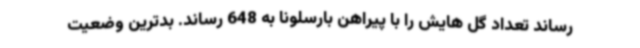
رساند تعداد گل هایش را با پیراهن بارسلونا به 648 رساند. بدترین وضعیت